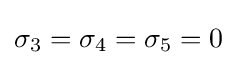
\sigma _{3}=\sigma _{4}=\sigma _{5}=0